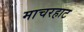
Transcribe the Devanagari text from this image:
माचरहाट